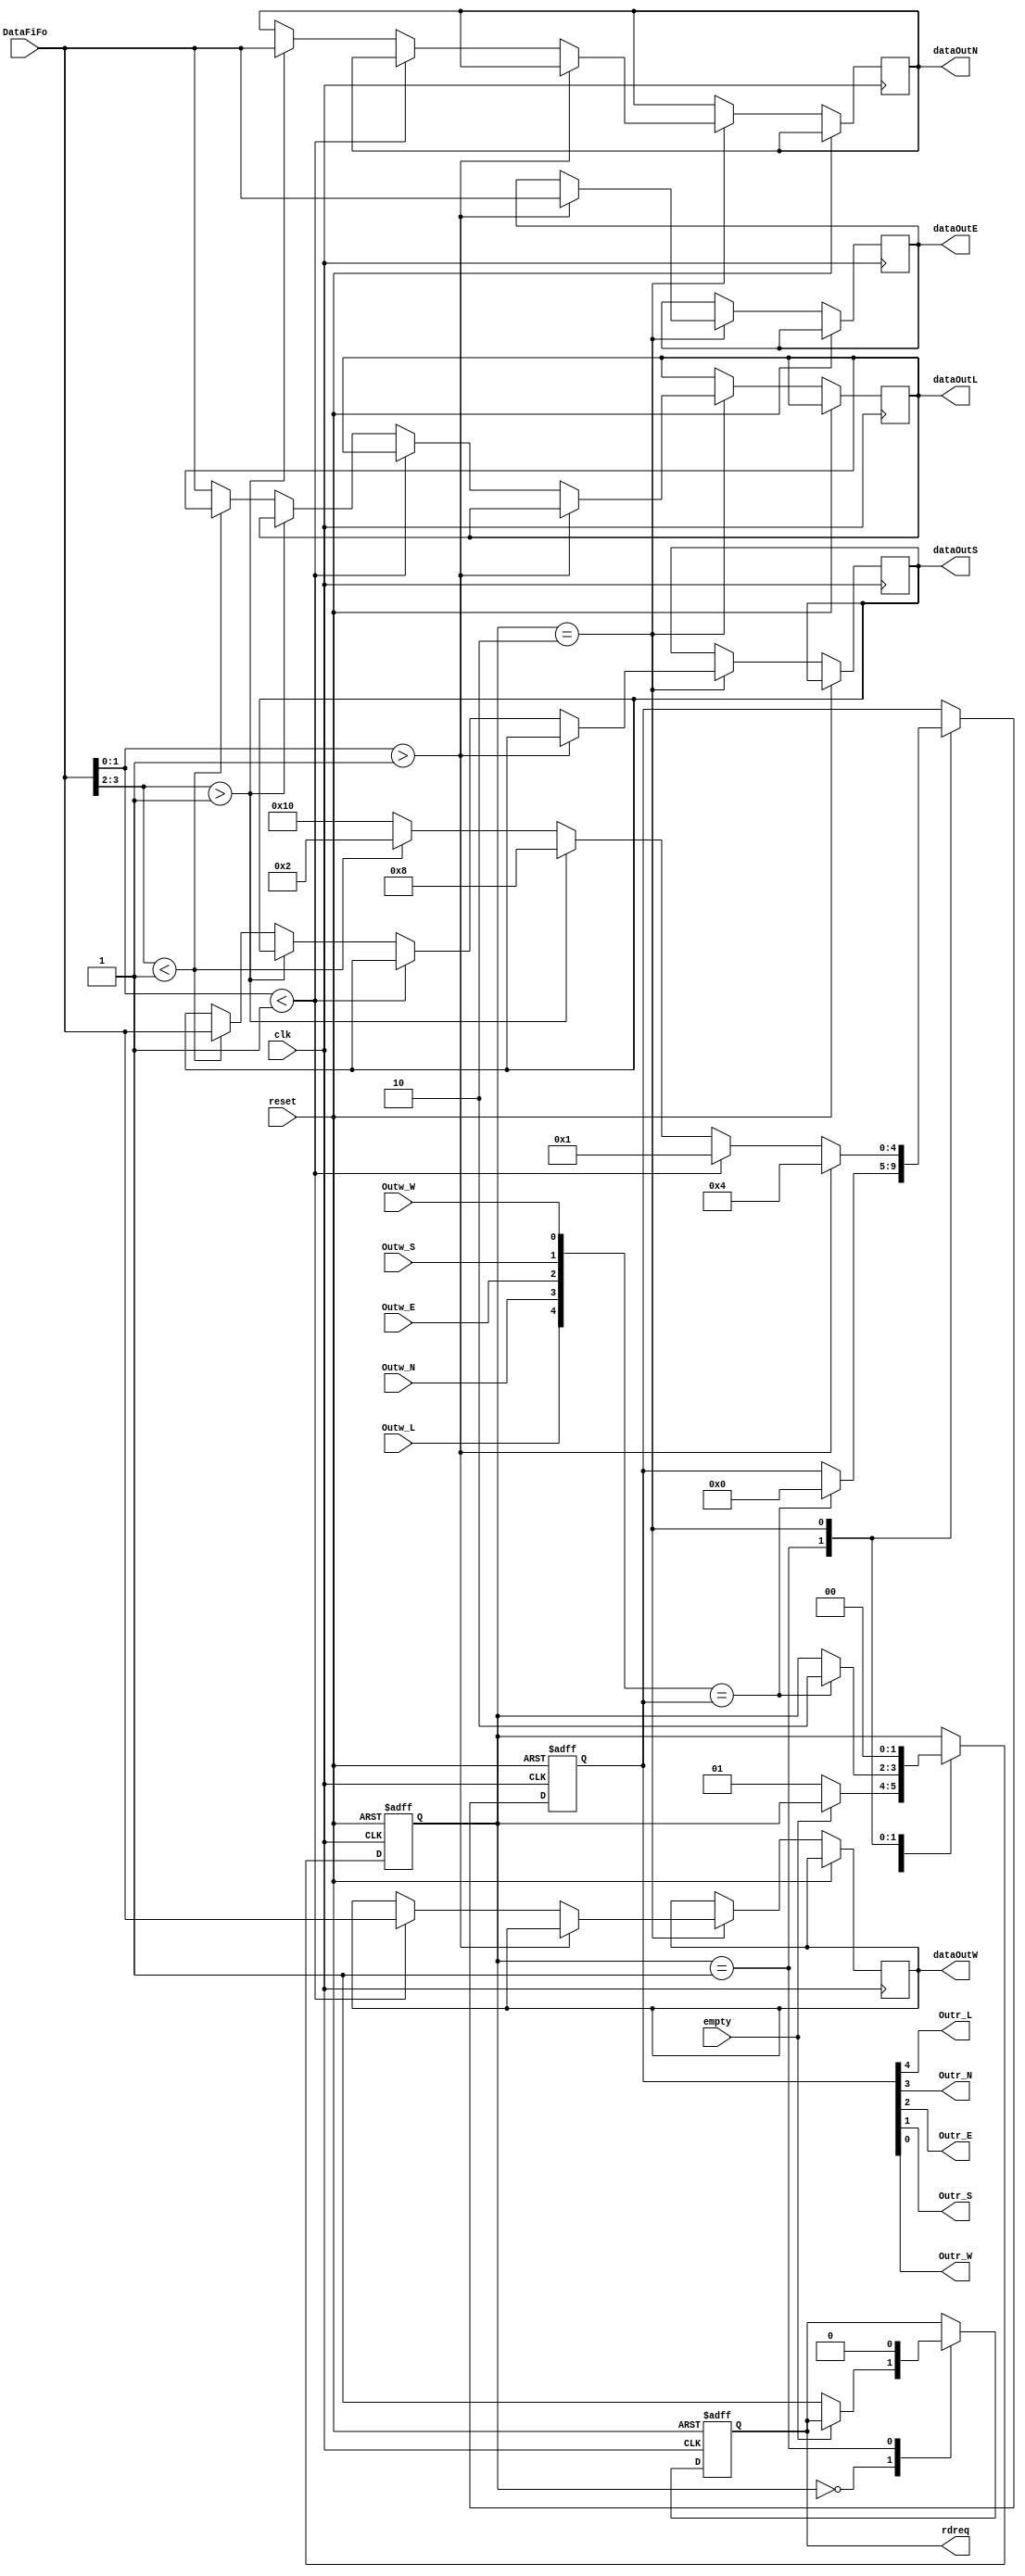
module OutPort (
dataOutE, 
dataOutW,
dataOutS,
dataOutN,
dataOutL,
Outr_L,Outr_N,Outr_E,Outr_S,Outr_W,
Outw_L,Outw_N,Outw_E,Outw_S,Outw_W,
DataFiFo,
rdreq,
clk,
empty,
reset
);

parameter position = 4'b0101; //ctntr X: 01 Y: 01
parameter DATA_WIDTH =37;

output [DATA_WIDTH-1:0]  dataOutE, dataOutW, dataOutS, dataOutN, dataOutL;
input empty;
input reset;
input clk;
output Outr_L,Outr_N,Outr_E,Outr_S,Outr_W;
input Outw_L,Outw_N,Outw_E,Outw_S,Outw_W;
input [DATA_WIDTH-1:0] DataFiFo;
output rdreq;
reg rdreq;
reg [DATA_WIDTH-1:0]  dataOutE, dataOutW, dataOutS, dataOutN, dataOutL;
reg [1:0] step;	/////////!!!!! can be 1 bit!!!
reg [2:0] port;
reg [4:0] Outr;
wire [4:0] Outw;

assign Outw = {Outw_L,Outw_N,Outw_E,Outw_S,Outw_W};
assign {Outr_L,Outr_N,Outr_E,Outr_S,Outr_W} = Outr;

always @(posedge clk or posedge reset)
begin
	if (reset == 1'b1)
        begin
			step<=0;
			port<=0;
			rdreq<=0;
			Outr<=0;
			
		end
    else
		begin
			case (step)
				0:  if (!empty)
							begin
								rdreq<=1;

								step=1;
							end
				1: 	begin
						rdreq<=0;
						if (Outw == Outr)
							begin
								Outr<=0;
								step=2;
							end
						//step=2;
					end
				2:  begin
																		//XY routing//
								if (DataFiFo [1:0] > position[1:0]) begin Outr <= 5'b00100; dataOutE<=DataFiFo; end //Inr ^ 4'b00100; //E
								else if (DataFiFo [1:0] < position[1:0]) begin Outr <= 5'b00001; dataOutW<=DataFiFo; end //W
								     else if (DataFiFo [3:2] > position[3:2]) begin Outr <= 5'b01000; dataOutN<=DataFiFo; end //N
								          else if (DataFiFo [3:2] < position[3:2]) begin Outr <= 5'b00010; dataOutS<=DataFiFo; end //S
											   else begin Outr<=5'b10000; dataOutL<=DataFiFo; end //L
								step=0;
					end

			endcase
		end
end				
endmodule